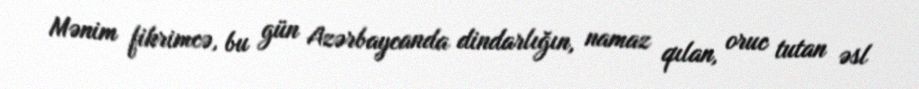
Mənim fikrimcə, bu gün Azərbaycanda dindarlığın, namaz qılan, oruc tutan əsl